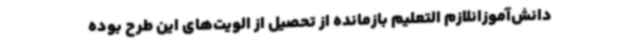
دانش‌آموزانلازم التعلیم بازمانده از تحصیل از الویت‌های این طرح بوده